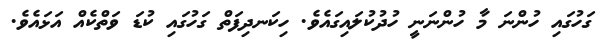
ގަހުގައި ހުންނަ މާ ހުންނަނީ ހުދުކުލައިގައެވެ. ހިކަނދިފަތް ގަހުގައި ކުޑަ ވަތްކެއް އަޅައެވެ.